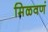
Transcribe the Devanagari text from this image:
मिळवणं